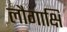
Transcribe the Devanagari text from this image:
लौगाक्षि